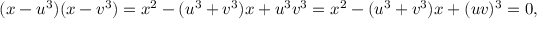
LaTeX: ( x - u ^ { 3 } ) ( x - v ^ { 3 } ) = x ^ { 2 } - ( u ^ { 3 } + v ^ { 3 } ) x + u ^ { 3 } v ^ { 3 } = x ^ { 2 } - ( u ^ { 3 } + v ^ { 3 } ) x + ( u v ) ^ { 3 } = 0 ,